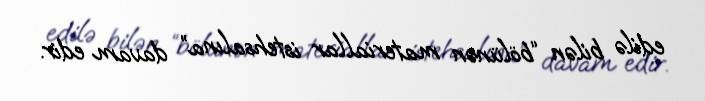
edilə bilən “bölünən materiallar istehsalına” davam edir.